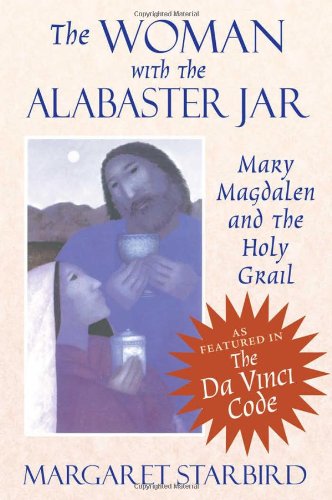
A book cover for The Woman with the Alabaster Jar: Mary Magdalen and the Holy Grail; Margaret Starbird; Christian Books & Bibles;